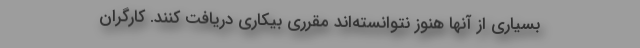
بسیاری از آنها هنوز نتوانسته‌اند مقرری بیکاری دریافت کنند. کارگران